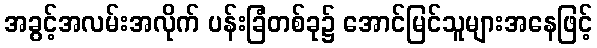
အခွင့်အလမ်းအလိုက် ပန်းခြံတစ်ခု၌ အောင်မြင်သူများအနေဖြင့်